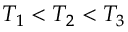
T _ { 1 } < T _ { 2 } < T _ { 3 }